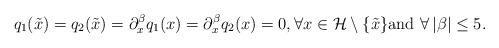
LaTeX: \begin{align*}q_1(\tilde x)=q_2(\tilde x)=\partial^\beta_xq_1(x)=\partial^\beta_xq_2(x)=0, \forall x\in \mathcal H\setminus\{\tilde x\}\mbox{and}\,\,\forall\,\vert \beta\vert\le 5.\end{align*}